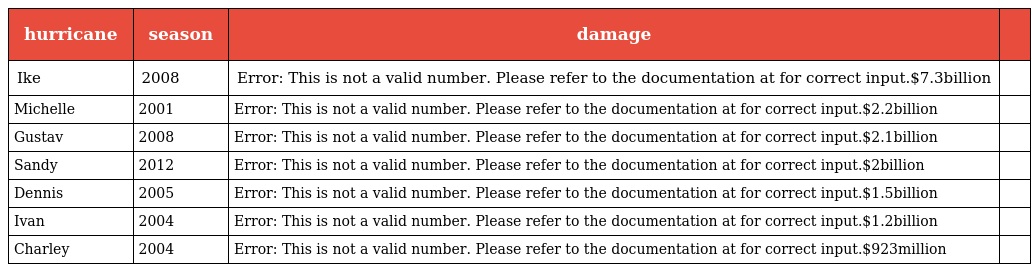
| hurricane | season | damage |  |
 | --- | --- | --- | --- |
 | Ike | 2008 | Error: This is not a valid number. Please refer to the documentation at for correct input.$7.3billion |  |
 | Michelle | 2001 | Error: This is not a valid number. Please refer to the documentation at for correct input.$2.2billion |  |
 | Gustav | 2008 | Error: This is not a valid number. Please refer to the documentation at for correct input.$2.1billion |  |
 | Sandy | 2012 | Error: This is not a valid number. Please refer to the documentation at for correct input.$2billion |  |
 | Dennis | 2005 | Error: This is not a valid number. Please refer to the documentation at for correct input.$1.5billion |  |
 | Ivan | 2004 | Error: This is not a valid number. Please refer to the documentation at for correct input.$1.2billion |  |
 | Charley | 2004 | Error: This is not a valid number. Please refer to the documentation at for correct input.$923million |  |